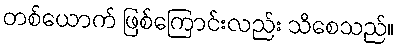
တစ်ယောက် ဖြစ်ကြောင်းလည်း သိစေသည်။